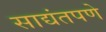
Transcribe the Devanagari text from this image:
साद्यंतपणे